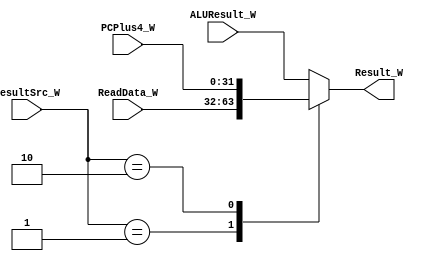
module Mux_Memory2 (
    input [31:0] ALUResult_W,
    input [31:0] ReadData_W,
    input [31:0] PCPlus4_W,
    input [1:0] ResultSrc_W,
    output reg [31:0] Result_W
);
     always @(ALUResult_W or ReadData_W or PCPlus4_W or ResultSrc_W) begin
        case (ResultSrc_W)
            2'b00: Result_W <= ALUResult_W;
            2'b01: Result_W <= ReadData_W;
            2'b10: Result_W <= PCPlus4_W;
            default: Result_W <= ALUResult_W;
        endcase
    end
endmodule